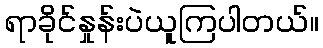
ရာခိုင်နှုန်းပဲယူကြပါတယ်။